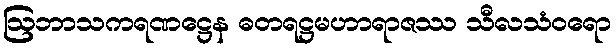
ဩဘာသကရဏဋ္ဌေန ဓတရဋ္ဌမဟာရာဇဿ သီလသံဝရော